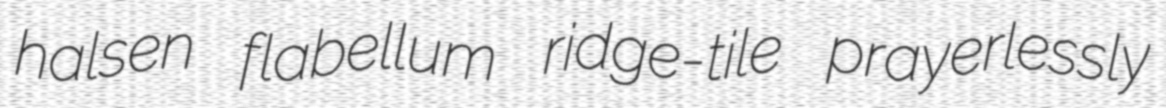
halsen flabellum ridge-tile prayerlessly